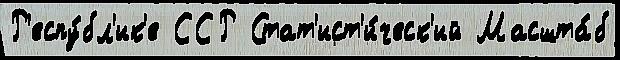
Р'еспу́бл'ик'е ССР Стат'ист'и́ческ'ий Масшта́б